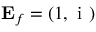
\ensuremath { \mathbf { E } _ { f } } = ( 1 , \ensuremath { \mathrm { ~ i ~ } } )